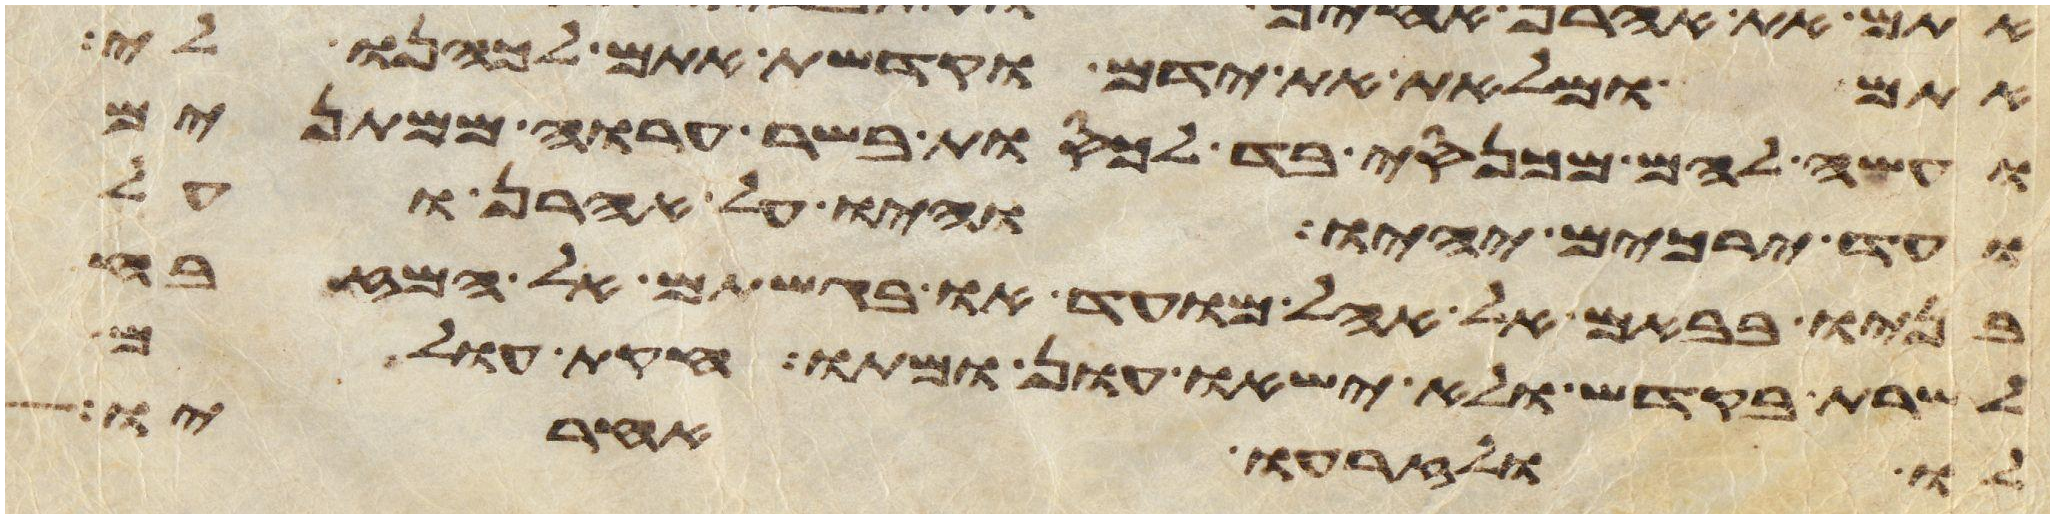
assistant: אתם ומלאת את ידם וקדשת אתם וכהנו לי
ועשה להם מכנסי בד לכסות בשר ערוה ממתנים
ועד ירכים יהיו והיו על אהרן ועל
בניו בבאם אל אהל מועד או בגשתם אל המזבח
לשרת בקדש ולא ישאו עון ומתו חקות עולם
לו ולזרעו אחריו